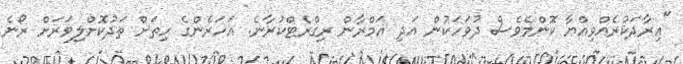
"އިރާދަކުރެއްވިއްޔާ ކޮންމެވެސް ދުވަހަކުން އަދި އަމްރާން ރިގްރެޓްކުރާނެ. އަހަރެންގެ ހިތަށް ތަދުކޮށްލިވަރަށް ރޯނެ